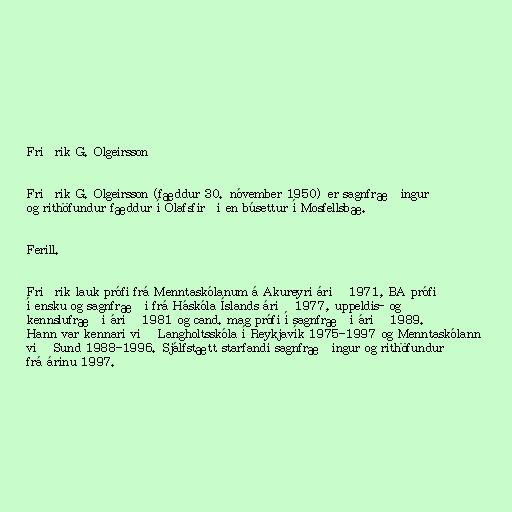
Friðrik G. Olgeirsson

Friðrik G. Olgeirsson (fæddur 30. nóvember 1950) er sagnfræðingur
og rithöfundur fæddur í Ólafsfirði en búsettur í Mosfellsbæ.

Ferill.

Friðrik lauk prófi frá Menntaskólanum á Akureyri árið 1971, BA prófi
í ensku og sagnfræði frá Háskóla Íslands árið 1977, uppeldis- og
kennslufræði árið 1981 og cand. mag prófi í sagnfræði árið 1989.
Hann var kennari við Langholtsskóla í Reykjavík 1975-1997 og Menntaskólann
við Sund 1988-1996. Sjálfstætt starfandi sagnfræðingur og rithöfundur
frá árinu 1997.